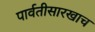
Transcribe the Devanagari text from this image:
पार्वतीसारखाच